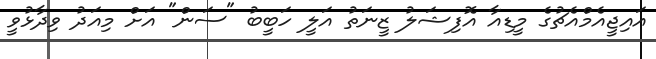
އައިޖީއެމްއެޗުގެ މީޑިއާ އޮފިޝަލު ޒީނަތު އަލީ ހަބީބު "ސަން" އަށް މިއަދު ވިދާޅުވީ